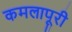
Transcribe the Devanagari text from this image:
कमलापूरी